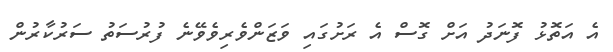
އެ އަތޮޅު ފޮނަދު އަށް ގޮސް އެ ރަށުގައި ވަޒަންވެރިވެވޭނެ ފުރުސަތު ސަރުކާރުން